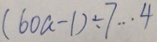
( 6 0 a - 1 ) \div 7 \cdots 4